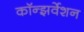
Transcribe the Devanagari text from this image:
कॉन्झर्वेशन